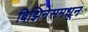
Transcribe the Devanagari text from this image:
बिझिनेसमधून